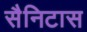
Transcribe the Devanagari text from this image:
सैनिटास